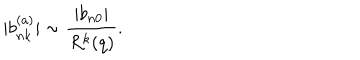
| b _ { n k } ^ { ( a ) } | \sim \frac { | b _ { n 0 } | } { R ^ { k } ( q ) } .